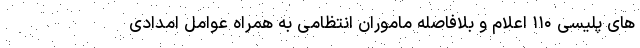
های پلیسی ۱۱۰ اعلام و بلافاصله ماموران انتظامی به همراه عوامل امدادی